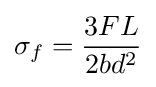
\sigma _{f}={\frac {3FL}{2bd^{2}}}